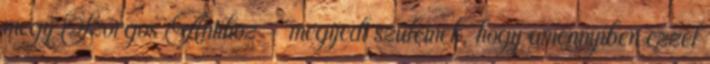
megy Szorgos Antihoz - megijedt szüleinek, hogy amennyiben ezzel